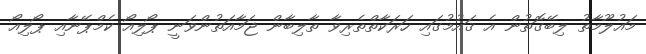
މައުލޫމާތު ލިބޭގޮތުން އެ ޤައުމުގައި ހަރަކާތްތެރިވާ ތާލިބާން ޖަމާއަތުންވަނީ ޕޯލިއޯ ކެމްޕޭނާއި ޕޯލިއޯ